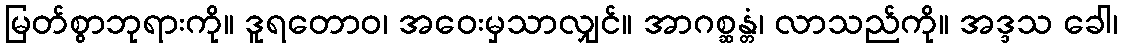
မြတ်စွာဘုရားကို။ ဒူရတောဝ၊ အဝေးမှသာလျှင်။ အာဂစ္ဆန္တံ၊ လာသည်ကို။ အဒ္ဒသ ခေါ၊